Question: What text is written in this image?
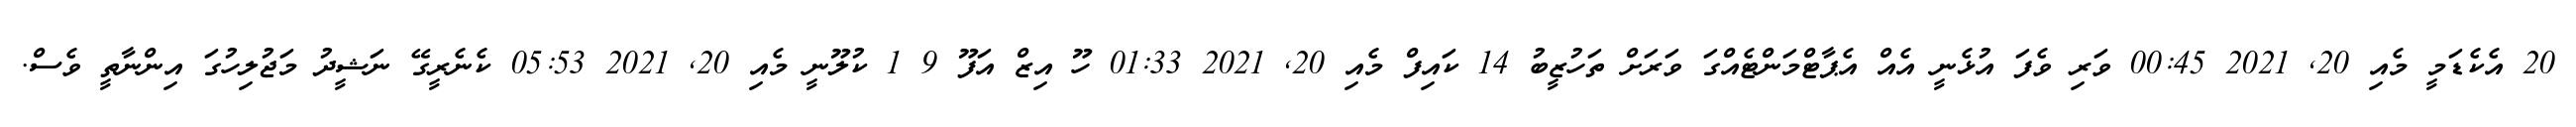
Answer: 20 އެކެޑަމީ މެއި 20, 2021 00:45 ވަރި ވެފަ އުޅެނީ އެއް އެޕާޓްމަންޓެއްގަ ވަރަށް ތަހުޒީބު 14 ކައިފް މެއި 20, 2021 01:33 ހޫ އިޒް އަފޫ 9 1 ކުލޫނީ މެއި 20, 2021 05:53 ކެނެރީގޭ ނަޝީދު މަޖުލިހުގަ އިންނާތީ ވެސް.